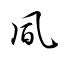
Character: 凬